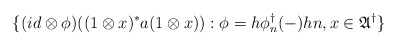
\begin{align*} \{ (id \otimes \phi)((1\otimes x)^\ast a (1\otimes x)) : \phi = h\phi_n^\dagger(-)h n, x \in \mathfrak A^\dagger\}\end{align*}